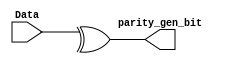
`timescale 1ns / 1ps

module parity_gen(
    input [31:0] Data,
    output parity_gen_bit
    );

assign parity_gen_bit = ^Data;

endmodule